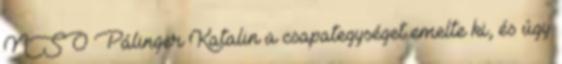
NSO Pálinger Katalin a csapategységet emelte ki, és úgy